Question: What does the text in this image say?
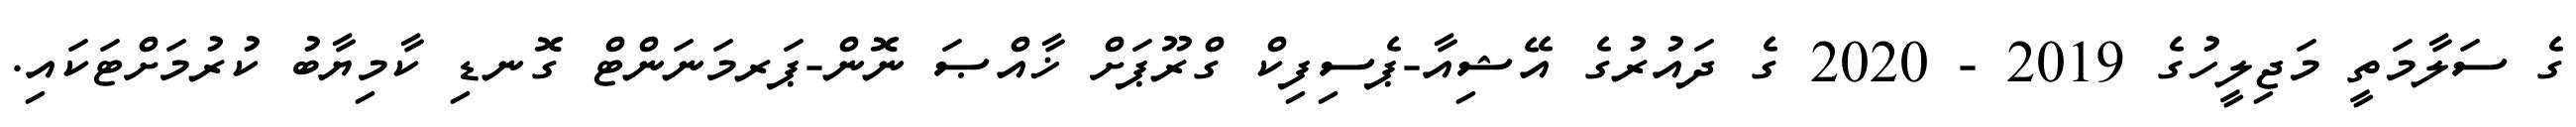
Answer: ގެ ސަލާމަތީ މަޖިލީހުގެ 2019 - 2020 ގެ ދައުރުގެ އޭޝިއާ-ޕެސިފިކް ގްރޫޕަށް ޚާއްޞަ ނޮން-ޕަރމަނަންޓް ގޮނޑި ކާމިޔާބު ކުރުމަށްޓަކައި.